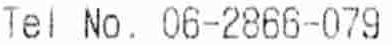
TEL NO. 06-2866-079